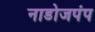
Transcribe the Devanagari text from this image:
नाडोजपंप